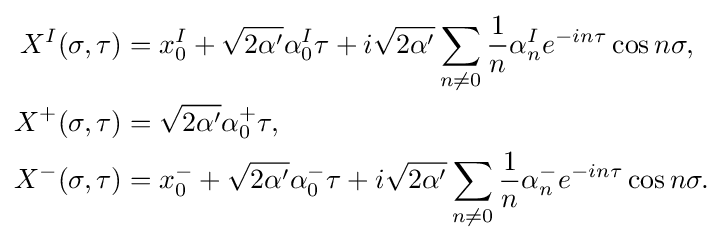
{\begin{aligned}X^{I}(\sigma ,\tau )&=x_{0}^{I}+{\sqrt {2\alpha '}}\alpha _{0}^{I}\tau +i{\sqrt {2\alpha '}}\sum _{n\neq 0}{\frac {1}{n}}\alpha _{n}^{I}e^{-in\tau }\cos n\sigma ,\\X^{+}(\sigma ,\tau )&={\sqrt {2\alpha '}}\alpha _{0}^{+}\tau ,\\X^{-}(\sigma ,\tau )&=x_{0}^{-}+{\sqrt {2\alpha '}}\alpha _{0}^{-}\tau +i{\sqrt {2\alpha '}}\sum _{n\neq 0}{\frac {1}{n}}\alpha _{n}^{-}e^{-in\tau }\cos n\sigma .\end{aligned}}